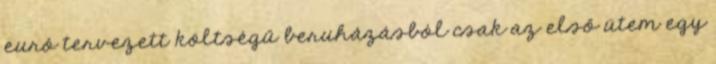
euró tervezett költségű beruházásból csak az első ütem egy